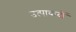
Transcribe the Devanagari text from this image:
उत्पाकदों